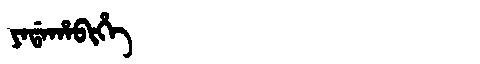
Manchu: ᠶᠠᡩᠠᡥᠠᠪᡳᡥᡝ
Romanization: YADAHABIHE